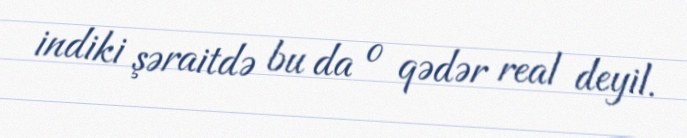
indiki şəraitdə bu da o qədər real deyil.